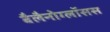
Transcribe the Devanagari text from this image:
बैलैनोग्लॉसस